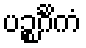
ပဉ္စင်္ဂိကံ